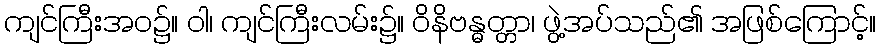
ကျင်ကြီးအဝ၌။ ဝါ၊ ကျင်ကြီးလမ်း၌။ ဝိနိဗန္ဓတ္တာ၊ ဖွဲ့အပ်သည်၏ အဖြစ်ကြောင့်။